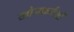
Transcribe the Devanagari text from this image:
खोजकर्तओं